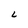
Character: L